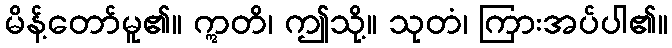
မိန့်တော်မူ၏။ ဣတိ၊ ဤသို့။ သုတံ၊ ကြားအပ်ပါ၏။